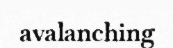
avalanching